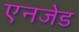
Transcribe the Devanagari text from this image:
एनजेड